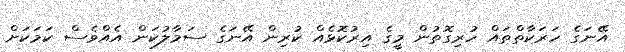
އޭނަގެ ހަރަކާތްތައް ހުރިގޮތުން މީގެ އިރުކޮޅެއް ކުރިން އޭނަގެ ސަމާލުކަން އެއްވެސް ކަމަކަށް